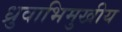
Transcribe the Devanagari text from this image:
ध्रुवाभिमुखीय